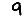
Digit: 9